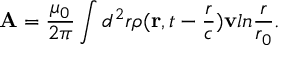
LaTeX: { \bf A } = { \frac { \mu _ { 0 } } { 2 \pi } } \int d ^ { 2 } r \rho ( { \bf r } , t - { \frac { r } { c } } ) { \bf v } l n { \frac { r } { r _ { 0 } } } .